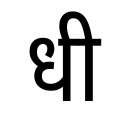
OCR:
धी